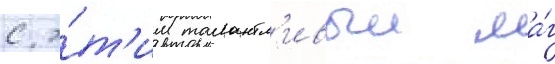
с э́т'им талантл'ивыи ма́г